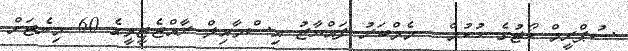
ސުޕްރީމް ކޯޓުގެ ހުކުމް - މެމްބަރު ފައްޔާޒު އިސްމާއިލް ރާއްޖެޓީވީގެ 60 މިނެޓަށް